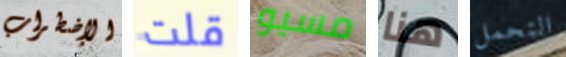
الإضطراب قلت مسيو هنا التحمل